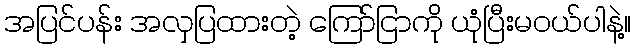
အပြင်ပန်း အလှပြထားတဲ့ ကြော်ငြာကို ယုံပြီးမဝယ်ပါနဲ့။